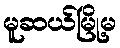
မူဆယ်မြို့မ